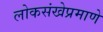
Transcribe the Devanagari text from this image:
लोकसंखेप्रमाणे